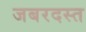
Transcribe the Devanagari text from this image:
जबरदस्त